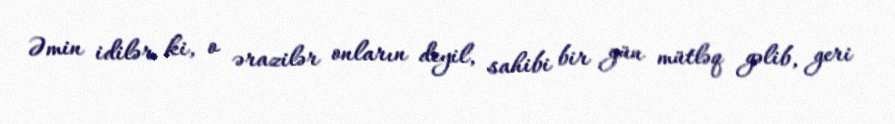
Əmin idilər ki, o ərazilər onların deyil, sahibi bir gün mütləq gəlib, geri